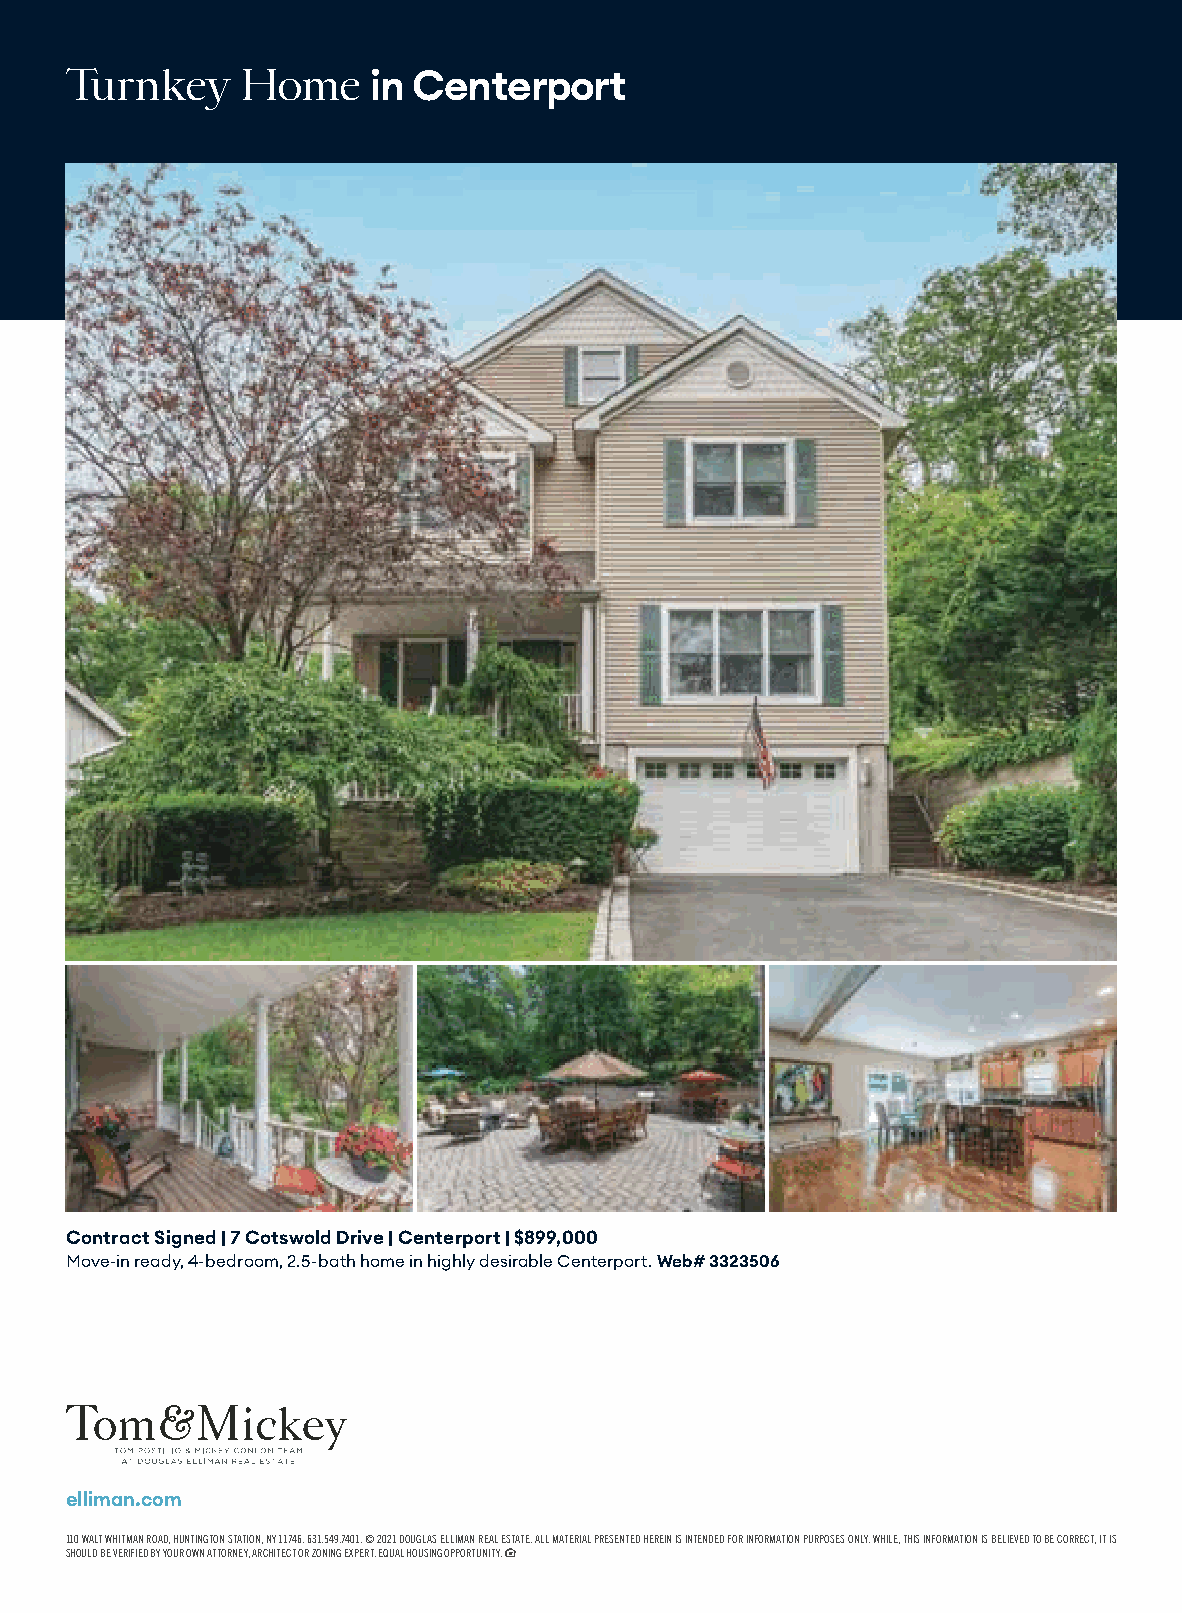
Turnkey     Home
 in Centerport
 Contract Signed | 7 Cotswold Drive | Centerport | $899,000
 Move-in ready, 4-bedroom, 2.5-bath home in highly desirable Centerport. Web# 3323506
 elliman.com
 110 WALT WHITMAN ROAD, HUNTINGTON STATION, NY 11746. 631.549.7401. © 2021 DOUGLAS ELLIMAN REAL ESTATE. ALL MATERIAL PRESENTED HEREIN IS INTENDED FOR INFORMATION PURPOSES ONLY. WHILE, THIS INFORMATION IS BELIEVED TO BE CORRECT, IT IS
 SHOULD BE VERIFIED BY YOUR OWN ATTORNEY, ARCHITECT OR ZONING EXPERT. EQUAL HOUSING OPPORTUNITY.